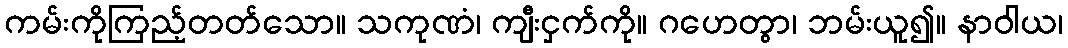
ကမ်းကိုကြည့်တတ်သော။ သကုဏံ၊ ကျီးငှက်ကို။ ဂဟေတွာ၊ ဘမ်းယူ၍။ နာဝါယ၊